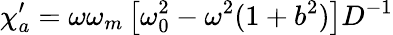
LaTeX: \chi_{a}^{\prime}=\omega\omega_{m}\left[\omega_{0}^{2}-\omega^{2}(1+b^{2})\right]D^{-1}